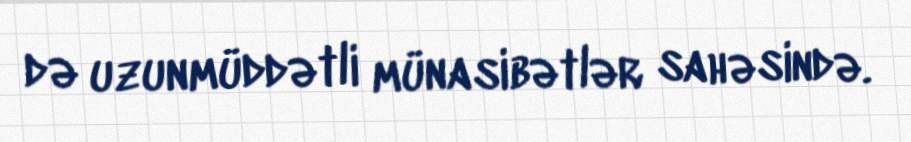
də uzunmüddətli münasibətlər sahəsində.